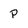
Character: p